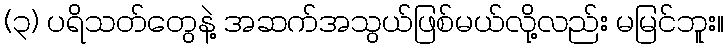
(၃) ပရိသတ်တွေနဲ့ အဆက်အသွယ်ဖြစ်မယ်လို့လည်း မမြင်ဘူး။